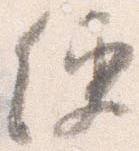
便